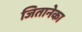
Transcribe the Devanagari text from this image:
जितानेका